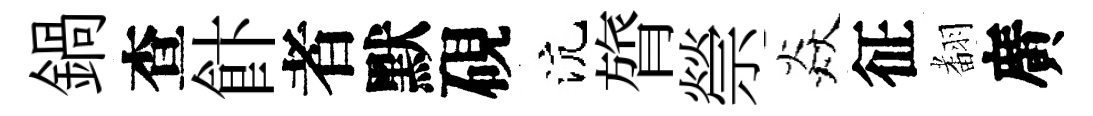
鍋查飰者默硯沆膂禜焱征𮋒廣